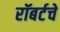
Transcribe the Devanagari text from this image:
रॉबर्टचे